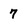
Character: 7